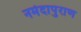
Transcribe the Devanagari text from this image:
नर्मदापुराण